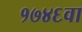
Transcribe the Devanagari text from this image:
१७४६वा